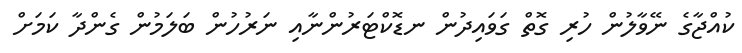
ކުއްޖާގެ ނޭވާލުން ހުރި ގޮތް ގަވައިދުން ނޑޮކްޓަރުންނާއި ނަރުހުން ބަލަމުން ގެންދާ ކަމަށް